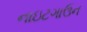
નાઇટગાઉન